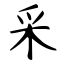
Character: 采